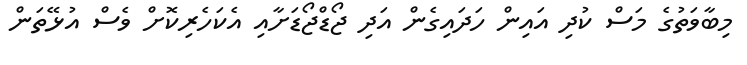
މިބާވަތުގެ މަސް ކުދި އައިން ހަދައިގެން އަދި ޖޯޑްޖޯޑަށާއި އެކަހެރިކޮށް ވެސް އުޅޭތަން